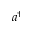
a ^ { \dagger }